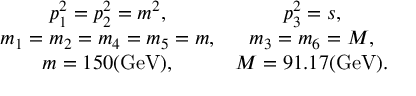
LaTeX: \begin{array} { c c } { { p _ { 1 } ^ { 2 } = p _ { 2 } ^ { 2 } = m ^ { 2 } , } } & { { p _ { 3 } ^ { 2 } = s , } } \\ { { m _ { 1 } = m _ { 2 } = m _ { 4 } = m _ { 5 } = m , } } & { { m _ { 3 } = m _ { 6 } = M , } } \\ { { m = 1 5 0 \mathrm { ( G e V ) } , } } & { { M = 9 1 . 1 7 \mathrm { ( G e V ) } . } } \end{array}